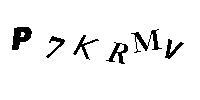
P7KRMV